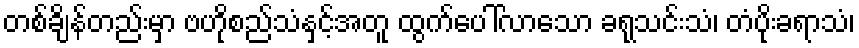
တစ်ချိန်တည်းမှာ ဗဟိုစည်သံနှင့်အတူ ထွက်ပေါ်လာသော ခရုသင်းသံ၊ တံပိုးခရာသံ၊